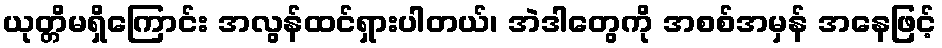
ယုတ္တိမရှိကြောင်း အလွန်ထင်ရှားပါတယ်၊ အဲဒါတွေကို အစစ်အမှန် အနေဖြင့်